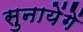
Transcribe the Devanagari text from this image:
सुनायेंगें